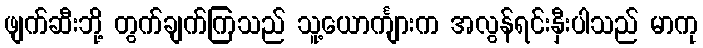
ဖျက်ဆီးဘို့ တွက်ချက်ကြသည် သူ့ယောင်္ကျားက အလွန်ရင်းနှီးပါသည် မာကု